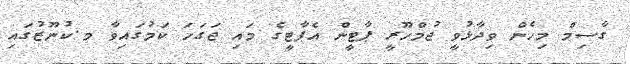
ގާސިމް މިހެން ވިދާޅުވީ ޖުމްހޫރީ ޕާޓީން އެޕާޓީގެ މައި ޖަގަހަ ކަމުގައިވާ މ.ކުނޫޒުގައި